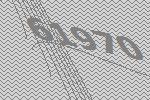
61970